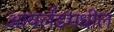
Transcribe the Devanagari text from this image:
आयर्लॅडमधील